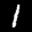
Label: 1